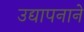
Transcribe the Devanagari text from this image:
उद्यापनाने